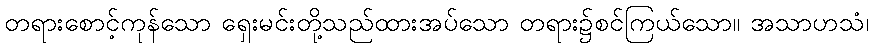
တရားစောင့်ကုန်သော ရှေးမင်းတို့သည်ထားအပ်သော တရား၌စင်ကြယ်သော။ အသာဟသံ၊